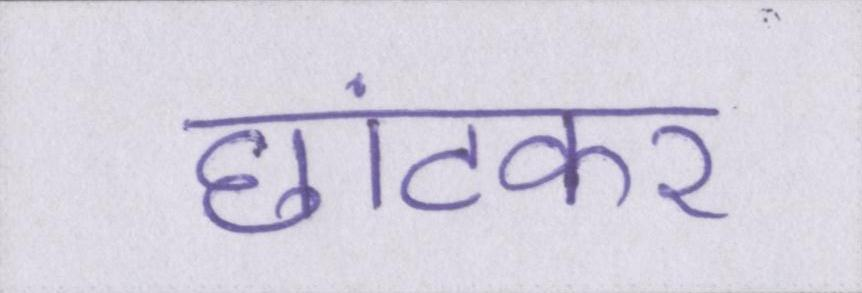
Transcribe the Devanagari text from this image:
छांटकर